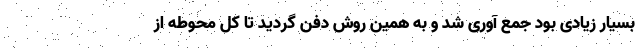
بسیار زیادی بود جمع آوری شد و به همین روش دفن گردید تا کل محوطه از